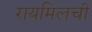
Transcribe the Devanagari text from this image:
रायमिलची